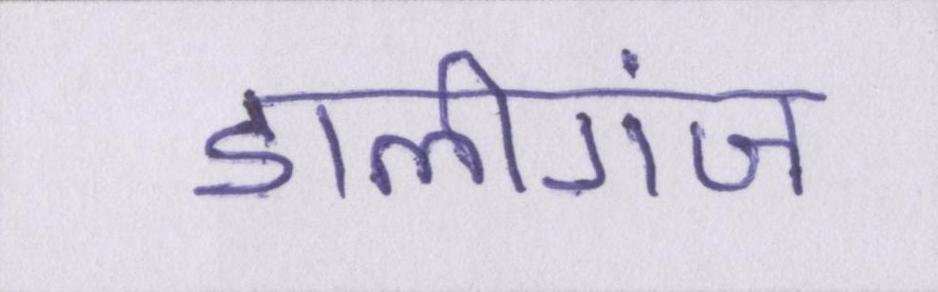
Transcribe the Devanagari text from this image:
डालीगंज